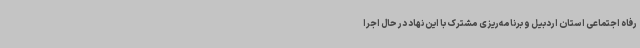
رفاه اجتماعی استان اردبیل و برنامه‌ریزی مشترک با این نهاد در حال اجرا